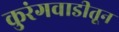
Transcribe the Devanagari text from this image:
कुरंगवाडीतून